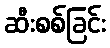
ဆီးစစ်ခြင်း